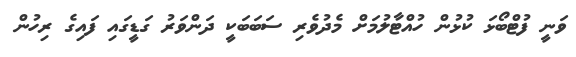
ވަނީ ފުޓްބޯޅަ ކުޅުން ހުއްޓާލުމަށް މެދުވެރި ސަބަބަކީ ދަންވަރު ގަޑީގައި ފައިގެ ރިހުން